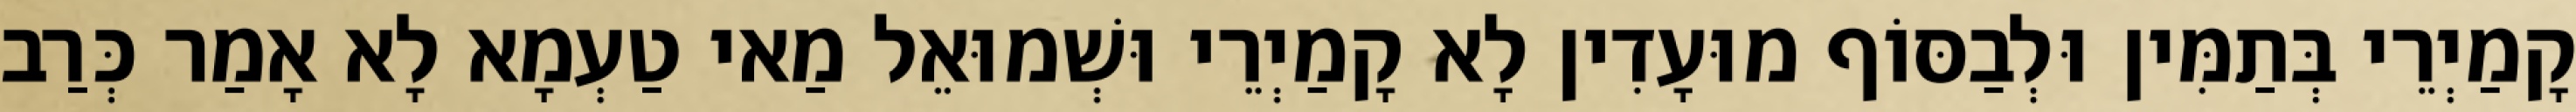
קָמַיְרֵי בְּתַמִּין וּלְבַסּוֹף מוּעָדִין לָא קָמַיְרֵי וּשְׁמוּאֵל מַאי טַעְמָא לָא אָמַר כְּרַב